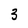
Character: 3